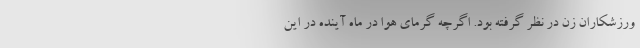
ورزشکاران زن در نظر گرفته بود. اگرچه گرمای هوا در ماه آینده در این